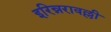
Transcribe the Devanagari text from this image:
इरिन्नरावल्ली